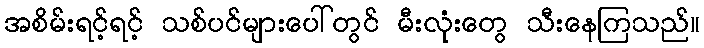
အစိမ်းရင့်ရင့် သစ်ပင်များပေါ်တွင် မီးလုံးတွေ သီးနေကြသည်။